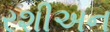
રશીઅન